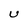
Character: U